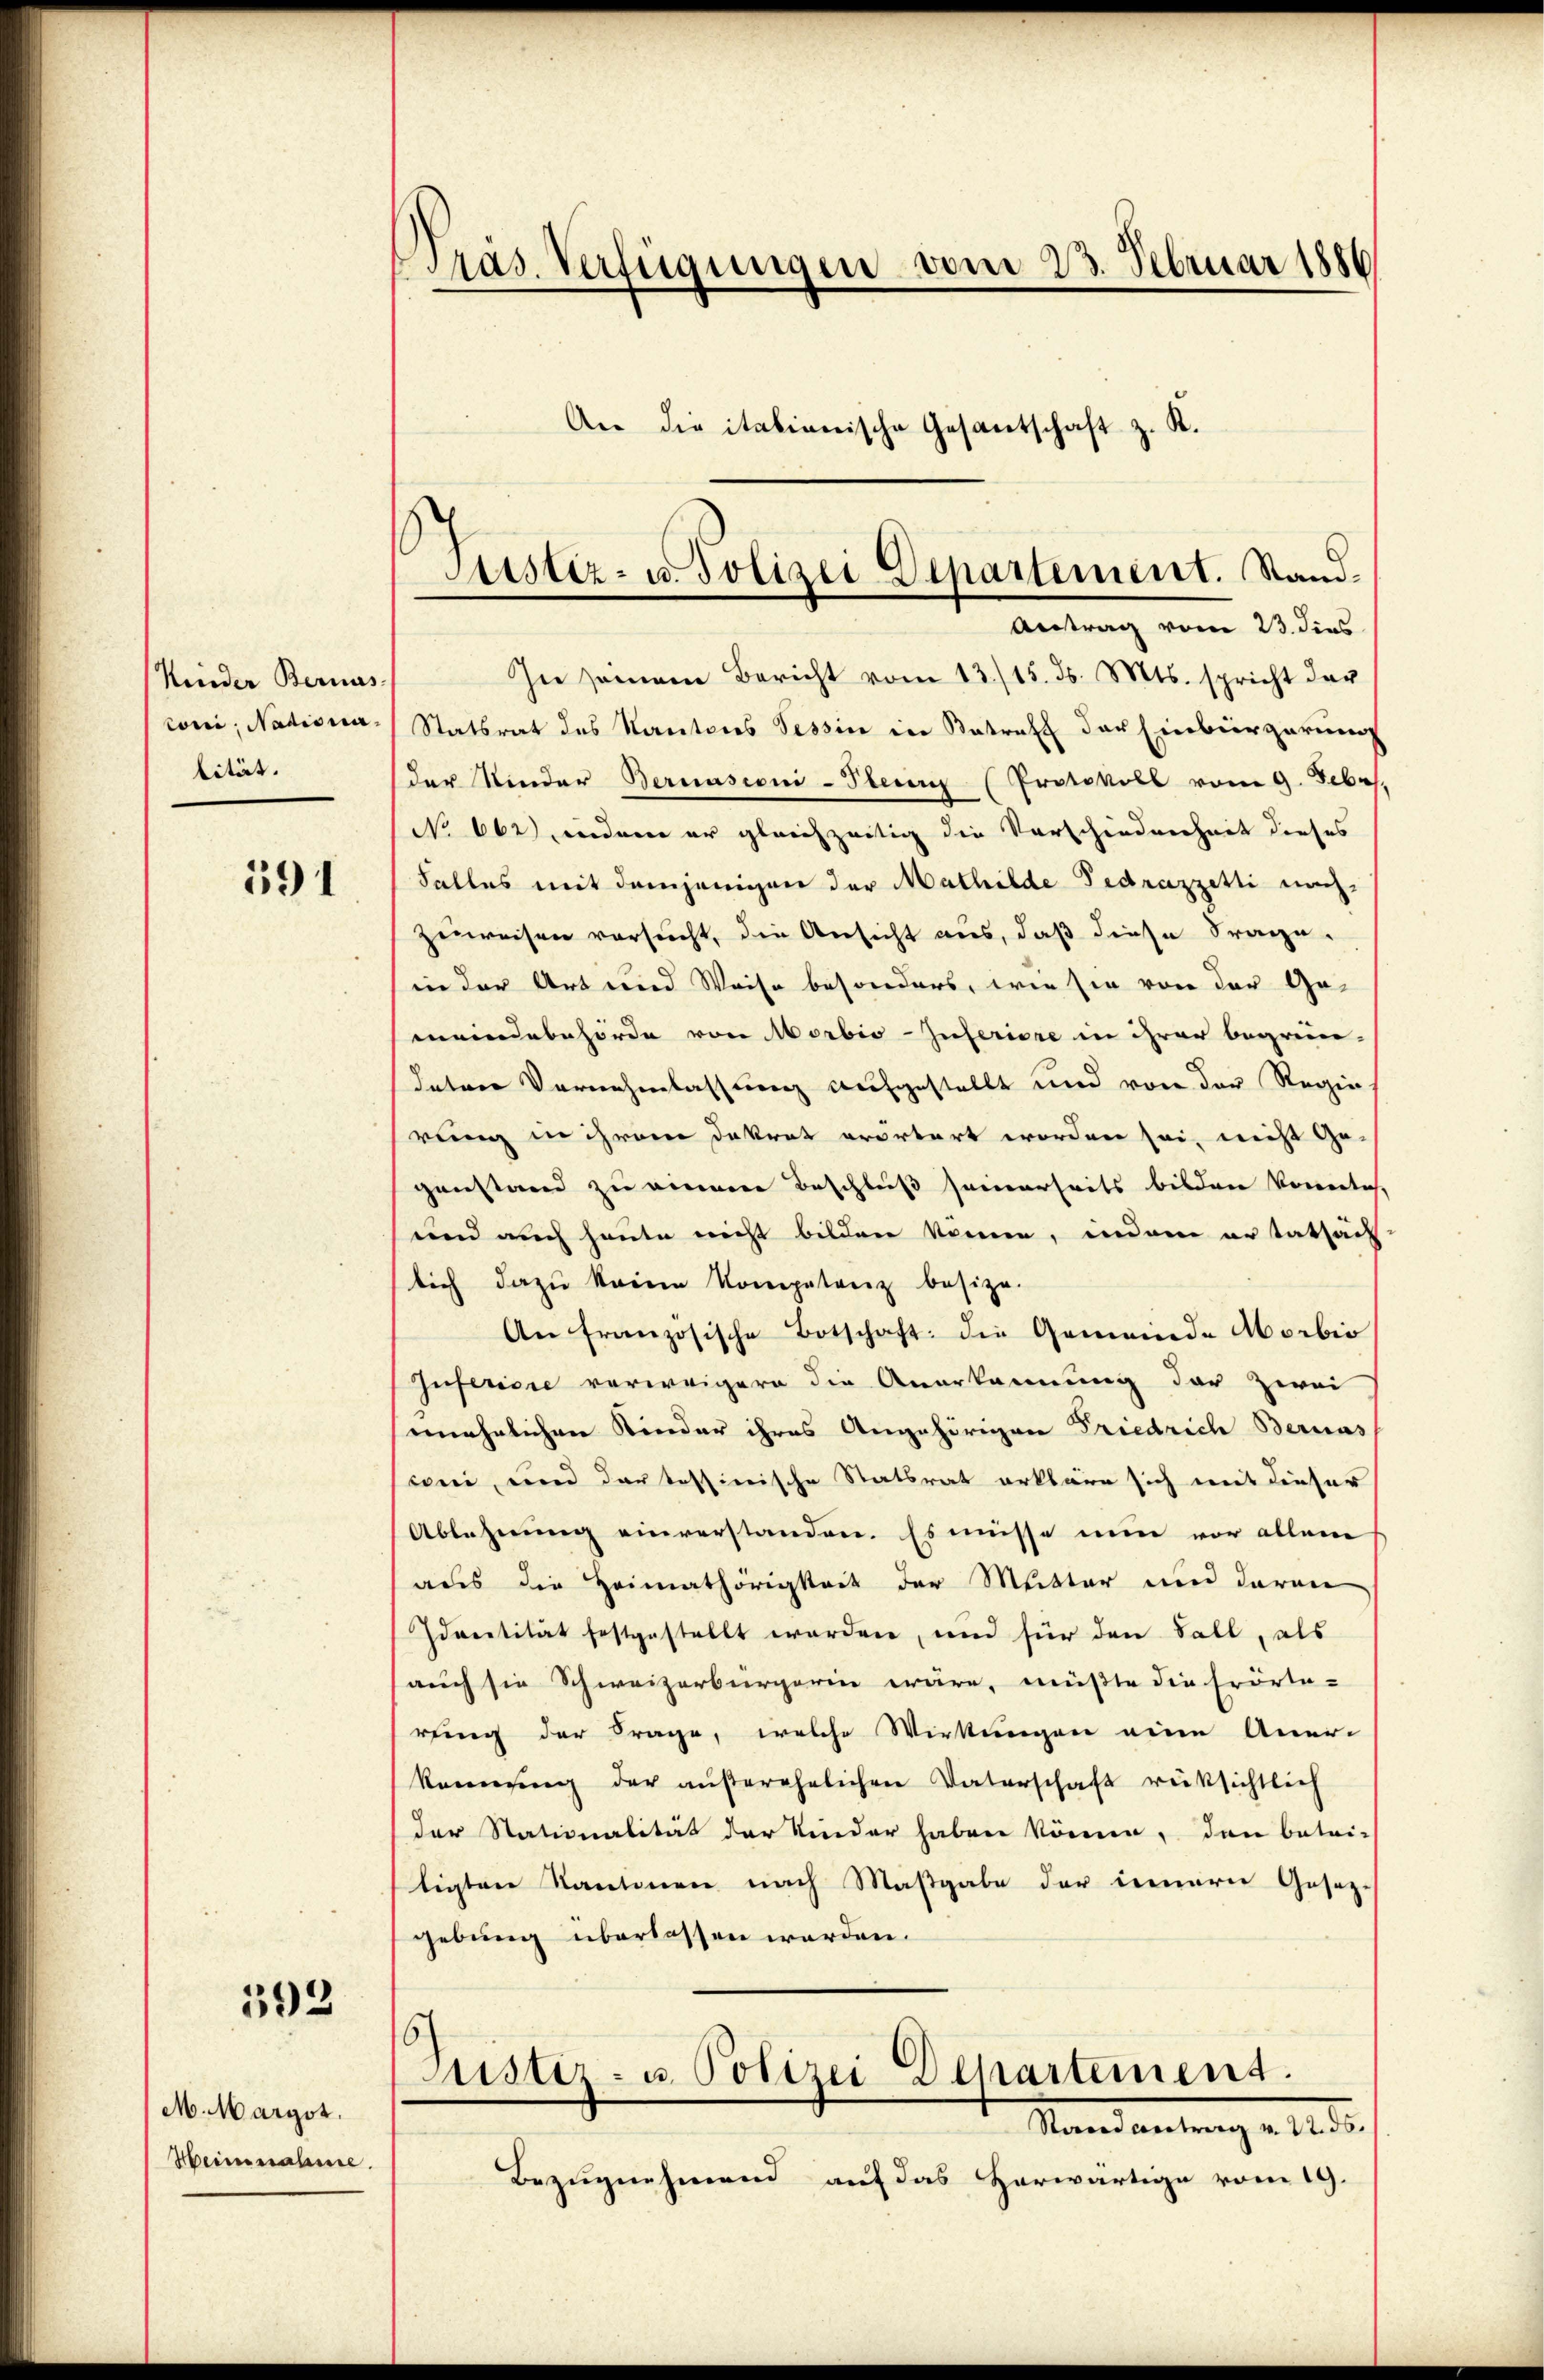
Kinder Bernas
coni, Nationa
bität.

591

592

M. Margot.
Heinnahme.

ras. Verfügungen vom 23. Februar 1880
An die italienische Gesantschaft z. K.

Astiz- u. Polizei Departement. Stand¬

Antrag vom 23. dies
In seinem Bericht vom 13./15. ds. Mts. spricht der
Statsrat des Kantons Tessin in Betreff der Einbürgerung
der Kinder Bernasioni-Pleien (Protokoll vom 9. Febr.
No 662), indem er gleichzeitig die Vorschiedenheit dieses
Falles mit demjenigen der Mathilde Fedrazzetti nach-
zureisen versucht, die Ansicht aus, daß diese Frage.
in der Art und Weise besonders, wie sie von der Ge-
meindebehörde von Morbio-Inferiore in ihrer begrün-
Intere Vornehmlassung aufgestellt und von der Regie
rung in ihrem Dekret erörtert worden sei, nicht Ge-
genstand zu einere Beschluß seinerseits bilden konntes,
und auch heute nicht bilden können, indem er tatsäch
lich dazu keinen Kompetenz besize-
An französische Botschaft: die Gemeinde Morbio
Inferiere verweigern die Anerkannung der zwei
mnehrlichen Kinder ihres Angehörigen Friedrich Bernas
coni, und dar tessinische Statsrat erkläre sich mit dieser
Ablehnung einverstanden. Es müsse nun vor allem
aus die Heimathörigkeit der Mutter und daran
Idrentität festgestellt worden, und für den Fall, als
auch sie Schweizerbürgerin wäre, müßte die Erörta-
rung der Frage, welche Wirkungen eine Aner-
kennung der aŭβerehelichen Vaterschaft rüksichtlich
der Stationalität der Kinder haben könne, den betri-
tigten Kantonen nach Maßgabe der einerie Gesetz-
gebung überlassen werden.
61
Justiz- u. Polizei Departement.
Nane antrag a 1200.
Bezugnehmend auf das herwärtige vom 19.